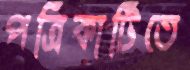
পত্রিকাটিতে